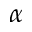
{ \alpha }